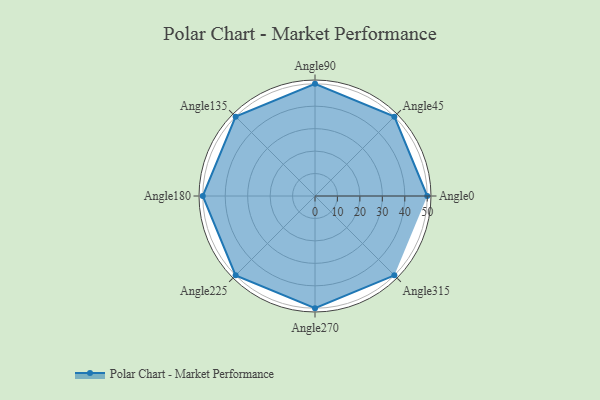
{"axis": {"x": "Angle", "y": "Radius"}, "legend": [""], "data": [{"x": "Angle0", "y": 50, "type": ""}, {"x": "Angle45", "y": 50, "type": ""}, {"x": "Angle90", "y": 50, "type": ""}, {"x": "Angle135", "y": 50, "type": ""}, {"x": "Angle180", "y": 50, "type": ""}, {"x": "Angle225", "y": 50, "type": ""}, {"x": "Angle270", "y": 50, "type": ""}, {"x": "Angle315", "y": 50, "type": ""}]}